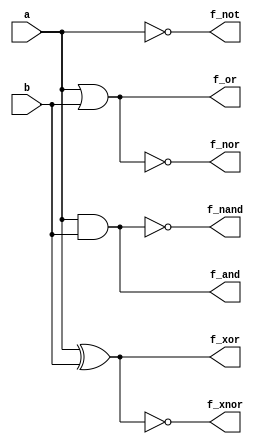
/************************************************
  The Verilog HDL code example is from the book
  Computer Principles and Design in Verilog HDL
  by Yamin Li, published by A JOHN WILEY & SONS
************************************************/
module gates7_structural (a,b,f_and,f_or,f_not,f_nand,f_nor,f_xor,f_xnor);
    input  a, b;                                                  // inputs
    output f_and, f_or, f_not, f_nand, f_nor, f_xor, f_xnor;      // outputs
    and    i1 (f_and,  a, b);                        // and  (out, in1, in2)
    or     i2 (f_or,   a, b);                        // or   (out, in2, in2)
    not    i3 (f_not,  a);                           // not  (out, in)
    nand   i4 (f_nand, a, b);                        // nand (out, in1, in2)
    nor    i5 (f_nor,  a, b);                        // nor  (out, in1, in2)
    xor    i6 (f_xor,  a, b);                        // xor  (out, in1, in2)
    xnor   i7 (f_xnor, a, b);                        // xnor (out, in1, in2)
endmodule